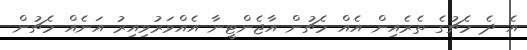
އެ ދެ މެޗުގެ ތެރެއިން އެއް މެޗުން އާޖެންޓީނާ އެއްވަރުވިއިރު އަނެއް މެޗުން